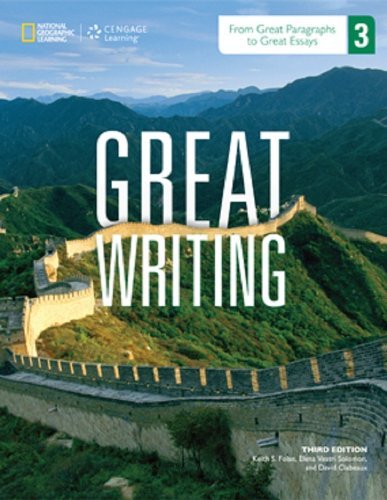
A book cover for From Great Paragraphs to Great Essays (Great Writing); Keith S. Folse; Reference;